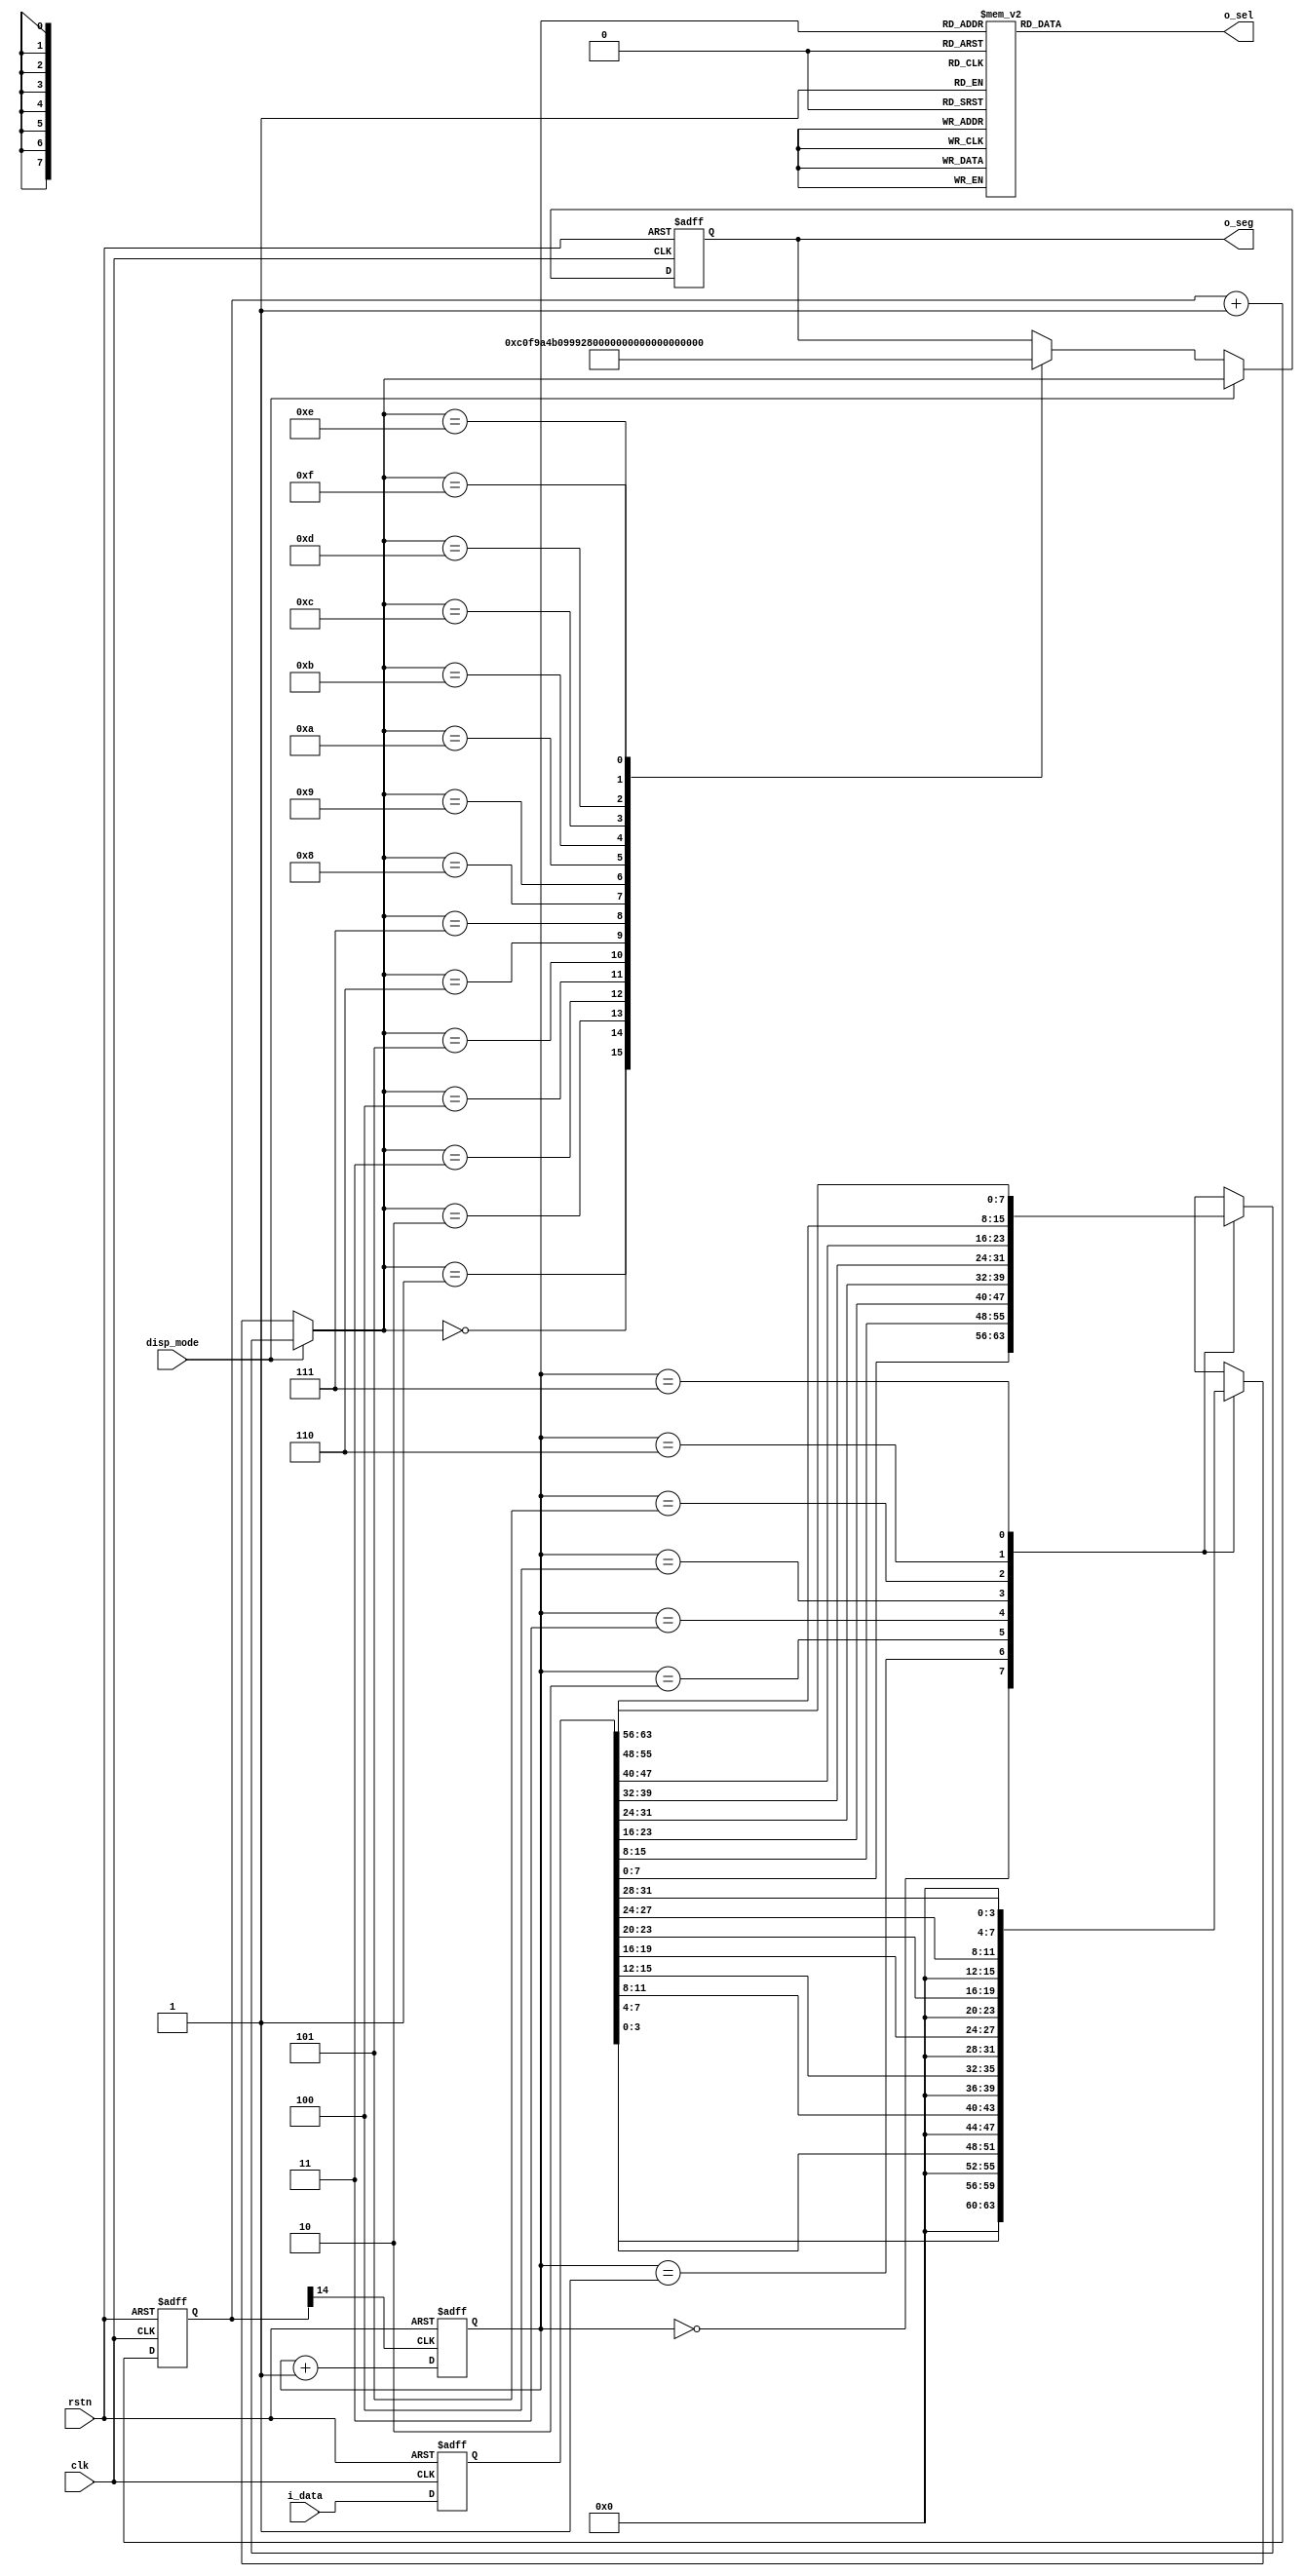
module seg7x16(
    input clk,
    input rstn,
    input [63:0]i_data,
    input disp_mode,
    output [7:0]o_seg,
    output [7:0]o_sel
    );

    reg [14:0]cnt;
    wire seg7_clk;
    always @(posedge clk, negedge rstn)
        if(!rstn) cnt <= 0;
            else cnt <= cnt + 1'b1;
    assign seg7_clk = cnt[14];

    reg [2:0]seg7_addr;

    always @(posedge seg7_clk, negedge rstn)
        if(!rstn) seg7_addr <= 0;
            else seg7_addr <= seg7_addr + 1'b1;
    
    reg [7:0]o_sel_r;

    always @(*)
        case(seg7_addr)
            7 : o_sel_r = 8'b01111111;
            6 : o_sel_r = 8'b10111111;
            5 : o_sel_r = 8'b11011111;
            4 : o_sel_r = 8'b11101111;
            3 : o_sel_r = 8'b11110111;
            2 : o_sel_r = 8'b11111011;
            1 : o_sel_r = 8'b11111101;
            0 : o_sel_r = 8'b11111110;
        endcase

    reg [63:0]i_data_store;
    //reg [31:0]i_data_store;
    always @(posedge clk, negedge rstn)
        if(!rstn) i_data_store <= 0;
            else // if(cs)
                i_data_store <= i_data;
    
    reg [7:0]seg_data_r;
    always @(*)
        if(disp_mode == 1'b0)
            case(seg7_addr)
                0 : seg_data_r = i_data_store[3:0];
                1 : seg_data_r = i_data_store[7:4];
                2 : seg_data_r = i_data_store[11:8];
                3 : seg_data_r = i_data_store[15:12];
                4 : seg_data_r = i_data_store[19:16];
                5 : seg_data_r = i_data_store[23:20];
                6 : seg_data_r = i_data_store[27:24];
                7 : seg_data_r = i_data_store[31:28];
            endcase

            else
                case(seg7_addr)
                    0 : seg_data_r = i_data_store[7:0];
                    1 : seg_data_r = i_data_store[15:8];
                    2 : seg_data_r = i_data_store[23:16];
                    3 : seg_data_r = i_data_store[31:24];
                    4 : seg_data_r = i_data_store[39:32];
                    5 : seg_data_r = i_data_store[47:40];
                    6 : seg_data_r = i_data_store[55:48];
                    7 : seg_data_r = i_data_store[63:56];
                endcase
    
    reg [7:0]o_seg_r;
    always @(posedge clk, negedge rstn)
        if(!rstn) o_seg_r <= 8'hff;
            else if(disp_mode == 1'b0)
                case(seg_data_r)
                     4'h0 : o_seg_r <= 8'hC0;
                     4'h1 : o_seg_r <= 8'hF9;
                     4'h2 : o_seg_r <= 8'hA4;
                     4'h3 : o_seg_r <= 8'hB0;
                     4'h4 : o_seg_r <= 8'h99;
                     4'h5 : o_seg_r <= 8'h92;
                     4'h6 : o_seg_r <= 8'h82;
                     4'h7 : o_seg_r <= 8'hF8;
                     4'h8 : o_seg_r <= 8'h80;
                     4'h9 : o_seg_r <= 8'h90;
                     4'hA : o_seg_r <= 8'h88;
                     4'hB : o_seg_r <= 8'h83;
                     4'hC : o_seg_r <= 8'hC6;
                     4'hD : o_seg_r <= 8'hA1;
                     4'hE : o_seg_r <= 8'h86;
                     4'hF : o_seg_r <= 8'h8E;
                endcase
                
                else o_seg_r <= seg_data_r;
    
    assign o_sel = o_sel_r;
    assign o_seg = o_seg_r;
endmodule